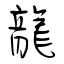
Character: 龍